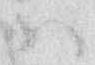
ハ